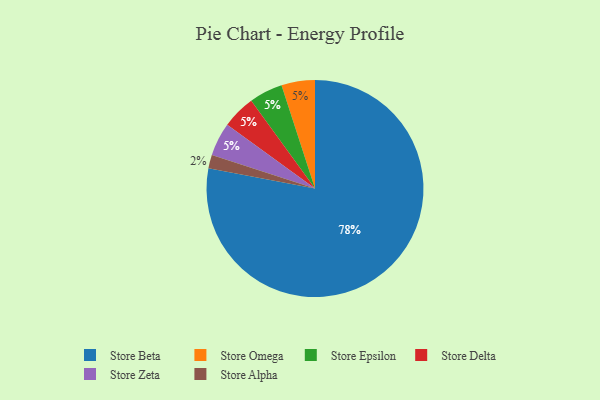
{"axis": {"x": "Category", "y": "Percentage"}, "legend": ["Store Alpha", "Store Beta", "Store Delta", "Store Epsilon", "Store Omega", "Store Zeta"], "data": [{"x": "Store Beta", "y": 78, "type": "Store Beta"}, {"x": "Store Omega", "y": 5, "type": "Store Omega"}, {"x": "Store Epsilon", "y": 5, "type": "Store Epsilon"}, {"x": "Store Delta", "y": 5, "type": "Store Delta"}, {"x": "Store Zeta", "y": 5, "type": "Store Zeta"}, {"x": "Store Alpha", "y": 2, "type": "Store Alpha"}]}